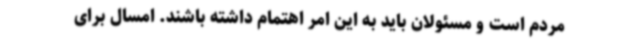
مردم است و مسئولان باید به این امر اهتمام داشته باشند. امسال برای